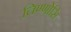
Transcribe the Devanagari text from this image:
तिण्णोसि